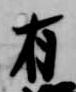
有